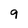
Character: 9